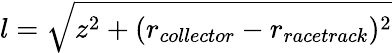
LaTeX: l=\sqrt{z^{2}+(r_{collector}-r_{racetrack})^{2}}